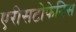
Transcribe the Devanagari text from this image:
एरीसटोफेनिस